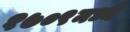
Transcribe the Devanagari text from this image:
१७०९मध्ये